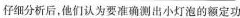
仔细分析后，他们认为要准确测出小灯泡的额定功